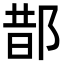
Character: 𨛳